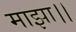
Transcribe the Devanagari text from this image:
माझा।।